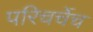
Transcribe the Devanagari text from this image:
परिचर्चेच